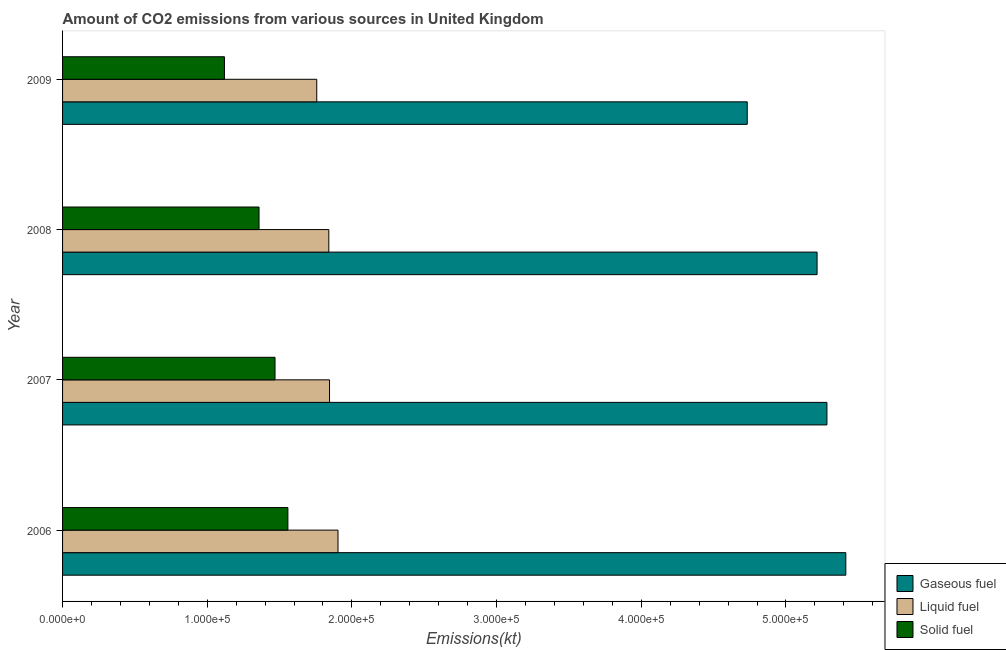
| Year | Gaseous fuel | Liquid fuel | Solid fuel |
 | --- | --- | --- | --- |
 | 2006 | 5.41e+05 | 1.9e+05 | 1.56e+05 |
 | 2007 | 5.28e+05 | 1.85e+05 | 1.47e+05 |
 | 2008 | 5.22e+05 | 1.84e+05 | 1.36e+05 |
 | 2009 | 4.73e+05 | 1.76e+05 | 1.12e+05 |